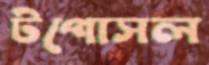
টপোসল